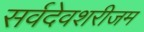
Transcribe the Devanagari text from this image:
सर्वदेवशरीजम